Rangoon Lunatic Asylum 1898-1906 - 1898-1906
Year: 1898
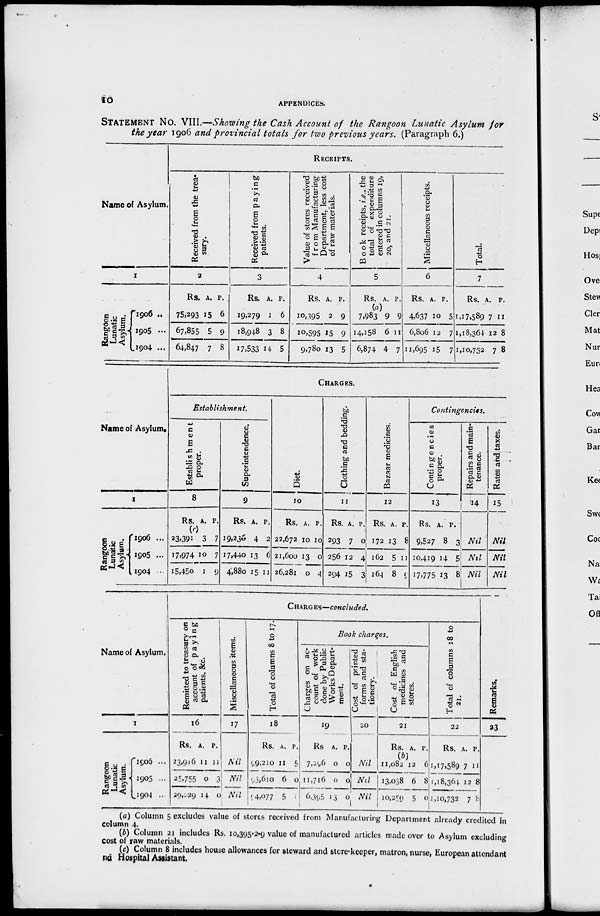
10
APPENDICES.
STATEMENT No. VIII.—Showing the Cash Account of the Rangoon Lunatic Asylum
for
the year 1906 and provincial totals for two previous years. (Paragraph 6.)
Name of Asylum.
1
Rangoon
Lunatic
Asylum.
1906 ...
1905 ...
1904 ...
RECEIPTS.
Received from the trea-
sury.
2
Rs.
75,293
67,855
64,847
A.
15
5
7
P.
6
9
8
Received from paying
patients.
3
Rs.
19,279
18,948
17,533
A.
1
3
14
P.
6
8
5
Value of stores received
from Manufacturing
Department, less cost
of raw materials.
4
Rs.
10,395
10,595
9,780
A.
2
15
13
P.
9
9
5
Book receipts, i.e., the
total of expenditure
entered in columns 19,
20, and 21.
5
Rs. A. P.
(a)
7,983
14,158
6,874
9
6
4
9
11
7
Miscellaneous receipts.
6
Rs.
4,637
6,806
11,695
A.
10
12
15
P.
5
7
7
Total.
7
Rs.
1,17,589
1,18,364
1,10,732
A.
7
12
7
P.
11
8
8
Name of Asylum.
1
Rangoon
Lunatic
Asylum.
1906 ...
1905 ...
1904 ...
CHARGES.
Establishment.
Establishment
proper.
8
Rs. A. P.
(c)
23,391
17,974
15,450
3
10
1
7
7
9
Superintendence.
9
Rs.
19,230
17,440
4,880
A.
4
13
15
P.
2
6
11
Diet.
10
Rs.
22,672
21,600
26,281
A.
10
13
0
P.
10
0
4
Clothing and bedding.
11
Rs.
293
256
294
A.
7
12
15
P.
0
4
3
Bazaar medicines.
12
Rs.
172
162
164
A.
13
5
8
P.
8
11
9
Contingencies.
Contingencies
proper.
13
Rs.
9,527
10,419
17,775
A.
8
14
13
P.
3
5
8
Repairs and main-
tenance.
14
Nil
Nil
Nil
Rates and taxes.
15
Nil
Nil
Nil
Name of Asylum.
1
Rangoon
Lunatic
Asylum.
1906 ...
1905 ...
1904 ...
CHARGES—concluded.
Remitted to treasury on
account of paying
patients, &c.
16
Rs.
23,916
25,755
20,229
A.
11
0
14
P.
11
3
0
Miscellaneous items.
17
Nil
Nil
Nil
Total of columns 8 to 17.
18
Rs.
99,210
98,610
94,077
A.
11
6
5
P.
5
0
Book charges.
Charges on ac-
count of work
done by Public
Works Depart-
ment.
19
Rs.
7,296
11,716
6,395
A.
0
0
13
P.
0
0
0
Cost of printed
forms and sta-
tionery.
20
Nil
Nil
Nil
Cost of English
medicines and
stores.
21
Rs.
(b)
11,082
13,038
10,259
A.
12
6
5
P.
6
8
0
Total of columns 18 to
21.
22
Rs.
1,17,589
1,18,364
1,10,732
A.
7
12
7
P.
11
8
8
Remarks.
23
(a) Column 5 excludes value of stores received from Manufacturing Department already credited in
column 4.
(b) Column 21 includes Rs. 10,395-2-9 value of manufactured articles made over to Asylum excluding
cost of raw materials.
(c) Column 8 includes house allowances for steward and store-keeper, matron, nurse, European attendant
and Hospital Assistant.